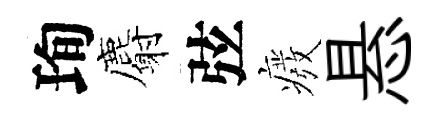
珣麝弦癈悬